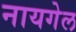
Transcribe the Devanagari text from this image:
नायगेल